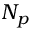
N _ { p }